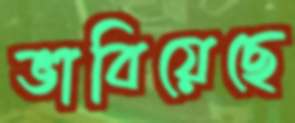
ভাবিয়েছে